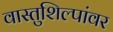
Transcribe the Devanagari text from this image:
वास्तुशिल्पांवर